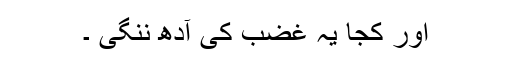
اور کجا یہ غضب کی آدھ ننگی ۔